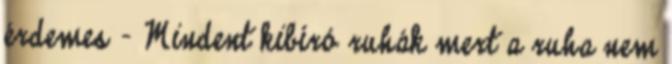
érdemes - Mindent kibíró ruhák mert a ruha nem